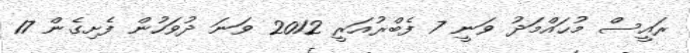
ރައީސް މުޙައްމަދު ވަނީ 7 ފެބްރުއަރީ 2012 ވަނަ ދުވަހުން ފެށިގެން 17